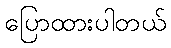
ပြောထားပါတယ်